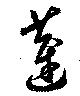
蓮